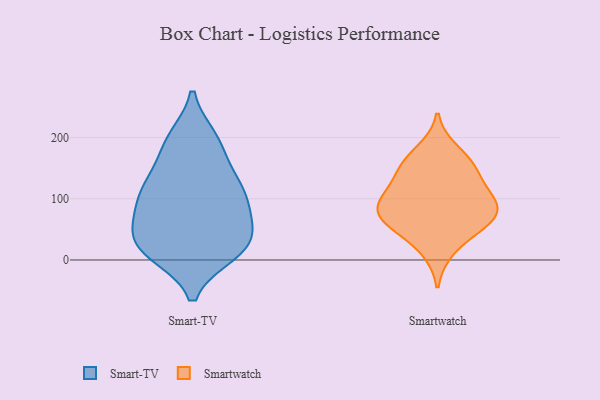
{"axis": {"x": "Operating Costs (USD K)", "y": "Value"}, "legend": ["Smart-TV", "Smartwatch"], "data": [{"x": "", "y": 73, "type": "Smart-TV"}, {"x": "", "y": 18, "type": "Smart-TV"}, {"x": "", "y": 31, "type": "Smart-TV"}, {"x": "", "y": 123, "type": "Smart-TV"}, {"x": "", "y": 35, "type": "Smart-TV"}, {"x": "", "y": 132, "type": "Smart-TV"}, {"x": "", "y": 124, "type": "Smart-TV"}, {"x": "", "y": 78, "type": "Smart-TV"}, {"x": "", "y": 11, "type": "Smart-TV"}, {"x": "", "y": 198, "type": "Smart-TV"}, {"x": "", "y": 61, "type": "Smart-TV"}, {"x": "", "y": 185, "type": "Smart-TV"}, {"x": "", "y": 112, "type": "Smart-TV"}, {"x": "", "y": 20, "type": "Smart-TV"}, {"x": "", "y": 194, "type": "Smart-TV"}, {"x": "", "y": 15, "type": "Smart-TV"}, {"x": "", "y": 95, "type": "Smart-TV"}, {"x": "", "y": 73, "type": "Smartwatch"}, {"x": "", "y": 139, "type": "Smartwatch"}, {"x": "", "y": 56, "type": "Smartwatch"}, {"x": "", "y": 90, "type": "Smartwatch"}, {"x": "", "y": 179, "type": "Smartwatch"}, {"x": "", "y": 56, "type": "Smartwatch"}, {"x": "", "y": 148, "type": "Smartwatch"}, {"x": "", "y": 15, "type": "Smartwatch"}, {"x": "", "y": 108, "type": "Smartwatch"}, {"x": "", "y": 157, "type": "Smartwatch"}, {"x": "", "y": 92, "type": "Smartwatch"}, {"x": "", "y": 100, "type": "Smartwatch"}, {"x": "", "y": 65, "type": "Smartwatch"}]}